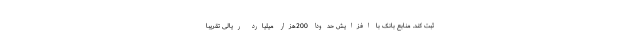
ثبت کند. منابع بانک با افزایش حدوداً 200هزار میلیارد ریالی تقریباً